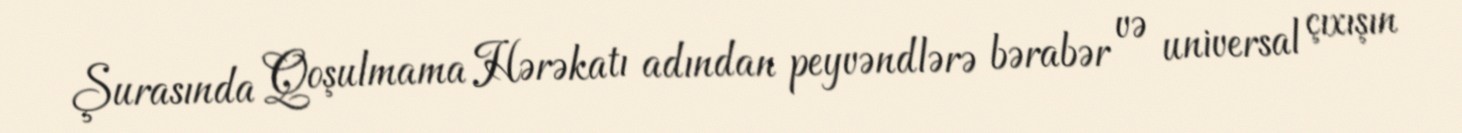
Şurasında Qoşulmama Hərəkatı adından peyvəndlərə bərabər və universal çıxışın